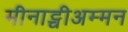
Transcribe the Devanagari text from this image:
मीनाट्चीअम्मन